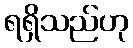
ရရှိသည်ဟု